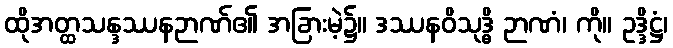
ထိုအတ္ထသန္ဒဿနဉာဏ်၏ အခြားမဲ့၌။ ဒဿနဝိသုဒ္ဓိ ဉာဏံ၊ ကို။ ဥဒ္ဒိဋ္ဌံ၊